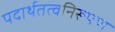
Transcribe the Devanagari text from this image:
पदार्थतत्वनिरूपण